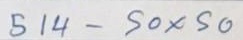
514 - 50 x 50